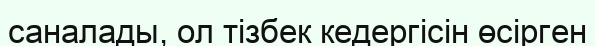
саналады, ол тізбек кедергісін өсірген